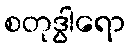
စတုဒွါရော